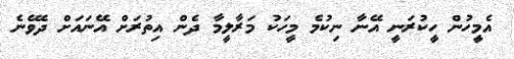
އެމީހުން ހީކުރަނީ އޭނާ ނިކުމެ މީހަކު މަރާލީމާ ދެން އިތުރަށް އޭނައަށް ދެވޭނެ